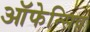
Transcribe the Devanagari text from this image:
ऑफेन्सिव